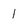
Character: 1